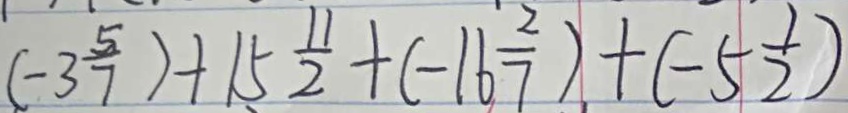
( - 3 \frac { 5 } { 7 } ) + 1 5 \frac { 1 1 } { 2 } + ( - 1 6 \frac { 2 } { 7 } ) + ( - 5 \frac { 1 } { 2 } )